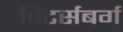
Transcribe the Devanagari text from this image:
पिटर्सबर्ग